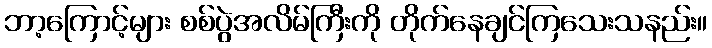
ဘာ့ကြောင့်များ စစ်ပွဲအလိမ်ကြီးကို တိုက်နေချင်ကြသေးသနည်း။